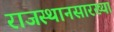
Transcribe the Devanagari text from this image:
राजस्थानसारख्या